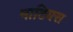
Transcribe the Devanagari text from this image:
माटियस